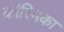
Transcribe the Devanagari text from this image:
कॉस्मिका